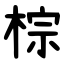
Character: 棕